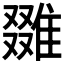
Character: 𨿷